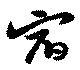
宿